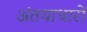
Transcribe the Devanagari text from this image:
अंतयाधारों